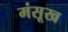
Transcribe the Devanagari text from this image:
मंसूख